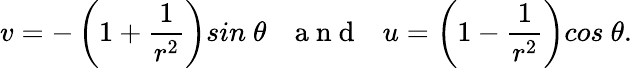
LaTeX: v=-\left(1+\frac{1}{r^{2}}\right)sin\ \theta\ \ \ \mathrm{~a~n~d~}\ \ \ u=\left(1-\frac{1}{r^{2}}\right)cos\ \theta.